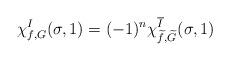
LaTeX: \begin{align*}\chi_{f,G}^I(\sigma,1)= (-1)^n \chi_{\widetilde{f},\widetilde{G}}^{\overline{I}}(\sigma,1)\end{align*}